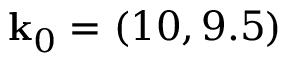
\mathbf { k } _ { 0 } = ( 1 0 , 9 . 5 )